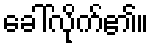
ခေါ်လိုက်၏။